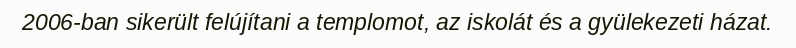
2006-ban sikerült felújítani a templomot, az iskolát és a gyülekezeti házat.